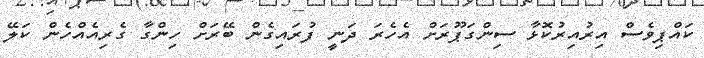
ކައްޕިވެސް އިރުއިރުކޮޅާ ސިންގަޕޫރަށް އެހެރަ ދަނީ ފުރައިގެން ބޭރަށް ހިންގާ ގެރިއެއްހެން ކަލޭ